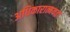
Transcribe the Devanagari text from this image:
अधिकारात्मकता